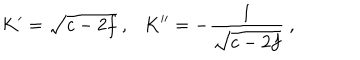
K ^ { \prime } = \sqrt { c - 2 f } \ , \ \ \ K ^ { \prime \prime } = - \frac { 1 } { \sqrt { c - 2 f } } \ ,